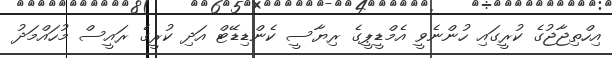
އިހްތިޖާޖުގެ ކުރީގައި ހުންނެވީ އެމްޑީޕީގެ ރިޔާސީ ކެންޑިޑޭޓް އަދި ކުރީގެ ރައީސް މުހައްމަދު